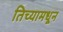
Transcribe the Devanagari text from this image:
तिच्यामधून